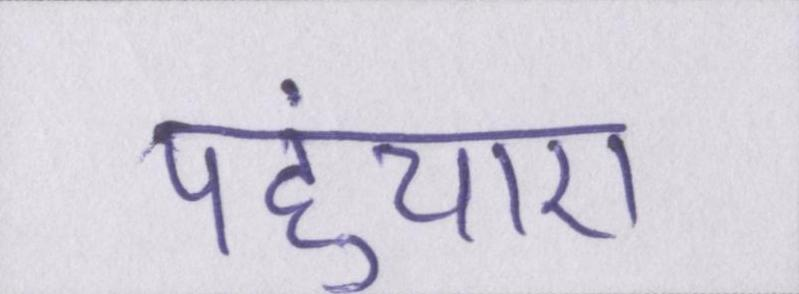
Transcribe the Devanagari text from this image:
पहुंचाए